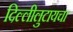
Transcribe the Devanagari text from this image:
दिल्लीलुटायचा